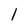
Character: 1